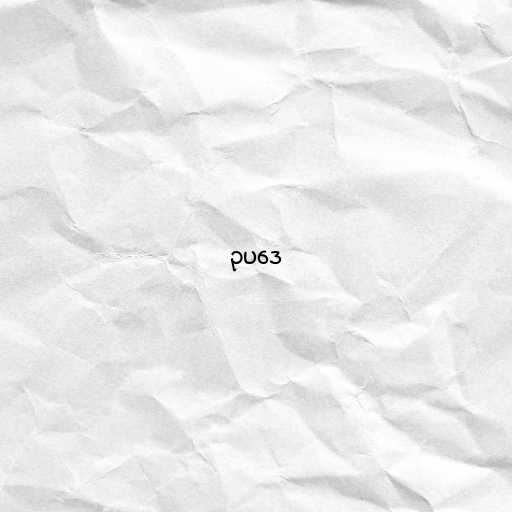
ဥပဒေ